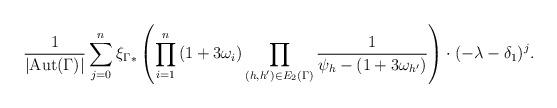
LaTeX: \begin{align*}\frac{1}{|{\rm Aut}(\Gamma)|} \sum_{j=0}^{n}{\xi_{\Gamma}}_*\left(\prod_{i=1}^{n} \left(1+3\omega_i\right) \prod_{(h,h')\in E_2(\Gamma)} \frac{1}{\psi_h-(1+3\omega_{h'})} \right)\cdot (-\lambda - \delta_1)^{j}.\end{align*}